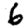
Digit: 6